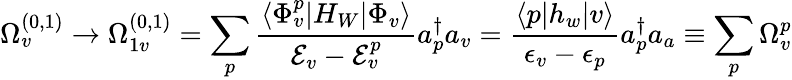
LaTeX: \Omega_{v}^{(0,1)}\rightarrow\Omega_{1v}^{(0,1)}=\sum_{p}\frac{\langle\Phi_{v}^{p}|H_{W}|\Phi_{v}\rangle}{{\cal E}_{v}-{\cal E}_{v}^{p}}a_{p}^{\dagger}a_{v}=\frac{\langle p|h_{w}|v\rangle}{\epsilon_{v}-\epsilon_{p}}a_{p}^{\dagger}a_{a}\equiv\sum_{p}\Omega_{v}^{p}